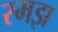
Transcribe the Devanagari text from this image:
रमझ